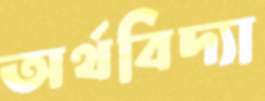
অর্থবিদ্যা